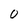
Character: 0